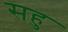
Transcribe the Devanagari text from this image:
सहु